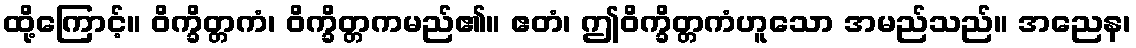
ထို့ကြောင့်။ ဝိက္ခိတ္တကံ၊ ဝိက္ခိတ္တကမည်၏။ ဧတံ၊ ဤဝိက္ခိတ္တကံဟူသော အမည်သည်။ အညေန၊